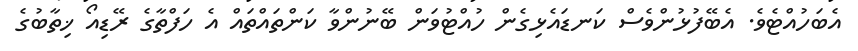
އެބަހުއްޓެވެ. އެބޭފުޅުންވެސް ކަނޑައެޅިގެން ހުއްޓުވަން ބޭނުންވާ ކަންތައްތައް އެ ހަފްތާގެ ރޭޑިއޯ ޚިތާބުގެ